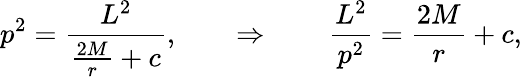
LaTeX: p^{2}={\frac{L^{2}}{{\frac{2M}{r}}+c}},\qquad\Rightarrow\qquad{\frac{L^{2}}{p^{2}}}={\frac{2M}{r}}+c,